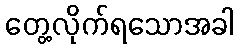
တွေ့လိုက်ရသောအခါ